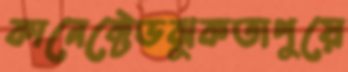
কানেক্টেডঝুকতাপুয়ে